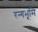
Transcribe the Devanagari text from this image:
रन्गभूमि